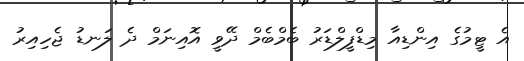
އެ ޓީމުގެ އިންޑިއާ މިޑްފީލްޑަރު ބެމްބެމް ދޭވީ އޮއިނަމް ދެ ލަނޑު ޖެހިއިރު